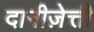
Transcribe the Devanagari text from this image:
दानीज़ेत्ती